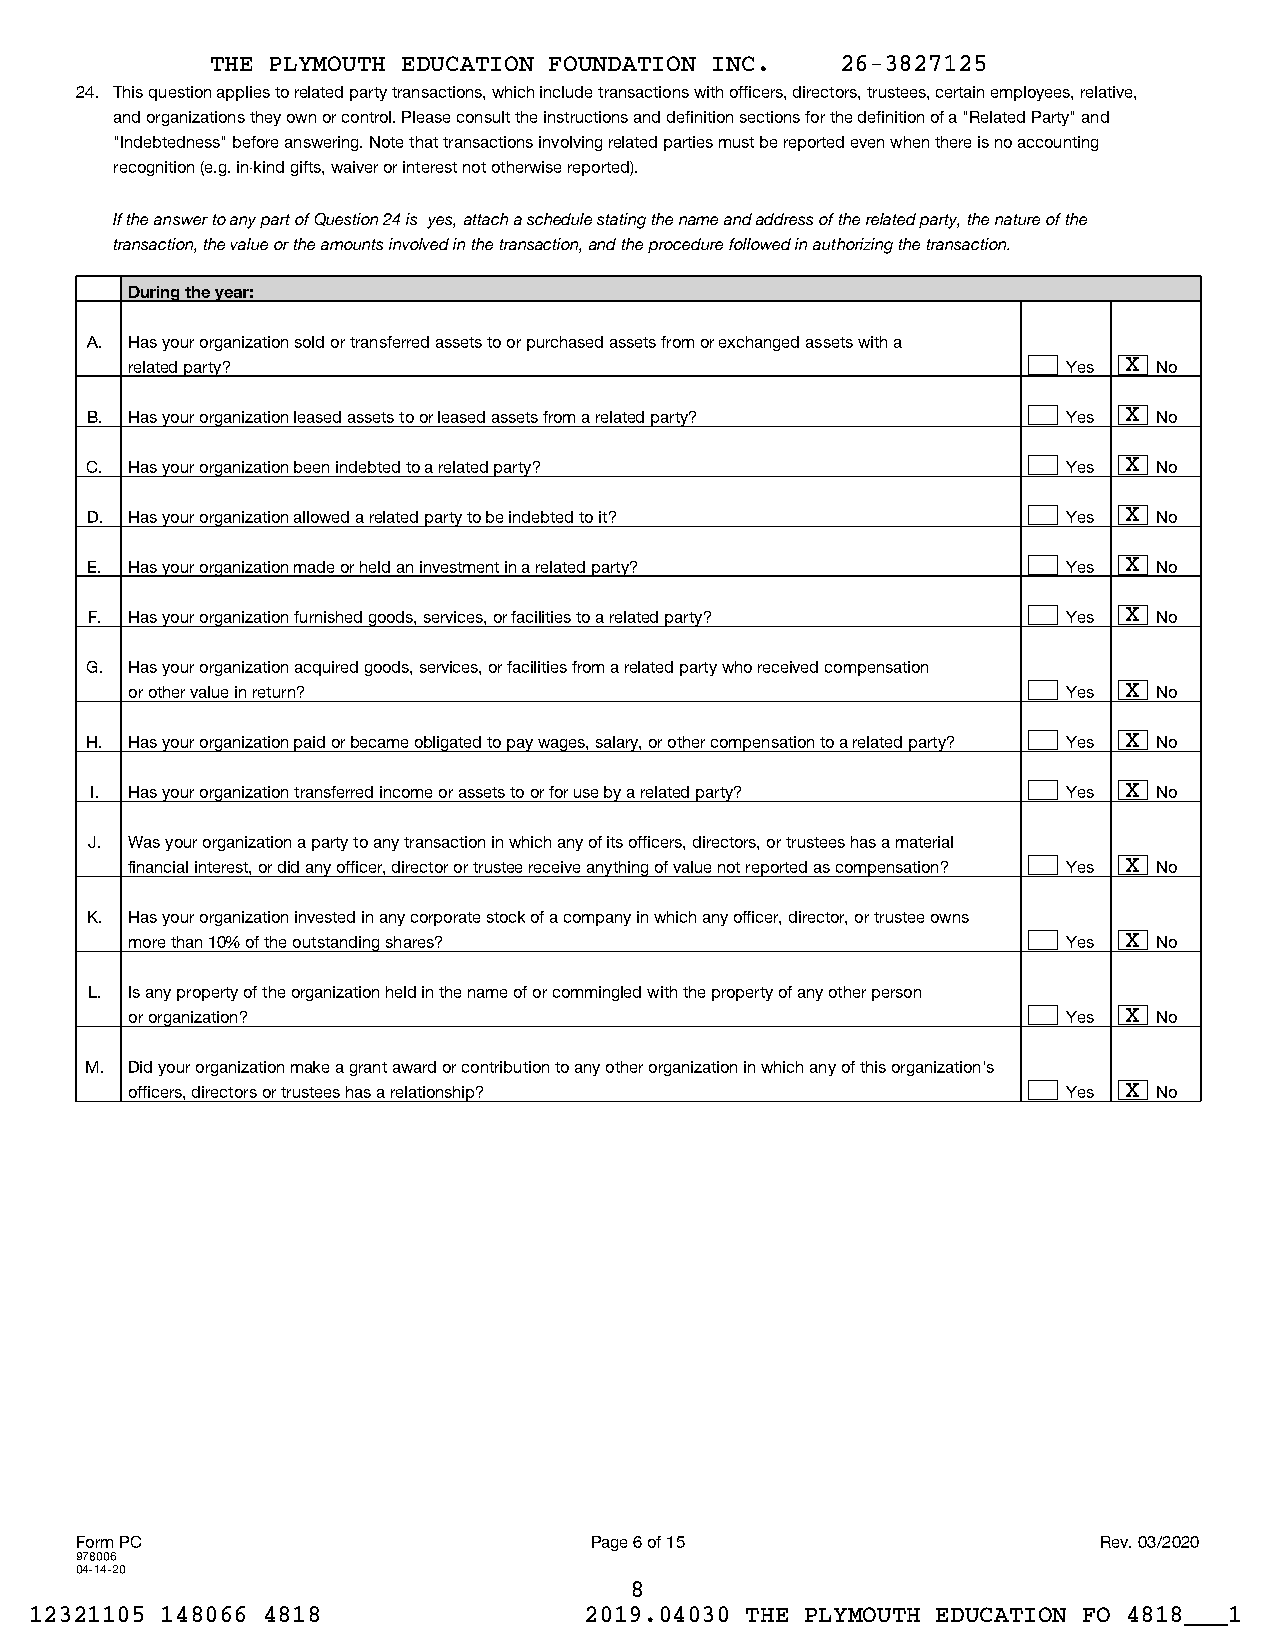
THE PLYMOUTH EDUCATION FOUNDATION INC.    26-3827125
 24. This question applies to related party transactions, which include transactions with officers, directors, trustees, certain employees, relative,
 and organizations they own or control. Please consult the instructions and definition sections for the definition of a "Related Party" and
 "Indebtedness" before answering. Note that transactions involving related parties must be reported even when there is no accounting
 recognition (e.g. in-kind gifts, waiver or interest not otherwise reported).
 If the answer to any part of Question 24 is yes, attach a schedule stating the name and address of the related party, the nature of the
 transaction, the value or the amounts involved in the transaction, and the procedure followed in authorizing the transaction.
 During the year:
 A. Has your organization sold or transferred assets to or purchased assets from or exchanged assets with a
 related party?                                                Yes X No
 B. Has your organization leased assets to or leased assets from a related party? Yes X No
 C. Has your organization been indebted to a related party?       Yes X No
 D. Has your organization allowed a related party to be indebted to it? Yes X No
 E. Has your organization made or held an investment in a related party? Yes X No
 F. Has your organization furnished goods, services, or facilities to a related party? Yes X No
 G. Has your organization acquired goods, services, or facilities from a related party who received compensation
 or other value in return?                                     Yes X No
 H. Has your organization paid or became obligated to pay wages, salary, or other compensation to a related party? Yes X No
 I. Has your organization transferred income or assets to or for use by a related party? Yes X No
 J. Was your organization a party to any transaction in which any of its officers, directors, or trustees has a material
 financial interest, or did any officer, director or trustee receive anything of value not reported as compensation? Yes X No
 K. Has your organization invested in any corporate stock of a company in which any officer, director, or trustee owns
 more than 10% of the outstanding shares?                      Yes X No
 L. Is any property of the organization held in the name of or commingled with the property of any other person
 or organization?                                              Yes X No
 M. Did your organization make a grant award or contribution to any other organization in which any of this organization's
 officers, directors or trustees has a relationship?           Yes X No
 Form PC                           Page 6 of 15                      Rev. 03/2020
 978006
 04-14-20
 8
 12321105 148066 4818                 2019.04030 THE PLYMOUTH EDUCATION FO 4818___1